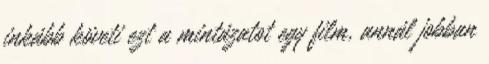
inkább követi ezt a mintázatot egy film, annál jobban